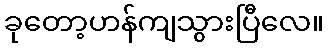
ခုတော့ဟန်ကျသွားပြီလေ။